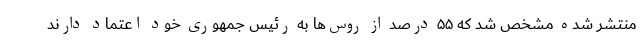
منتشر شده مشخص شد که ۵۵ درصد از روس‌ها به رئیس جمهوری خود اعتماد دارند